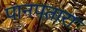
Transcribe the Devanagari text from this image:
पानपतारा